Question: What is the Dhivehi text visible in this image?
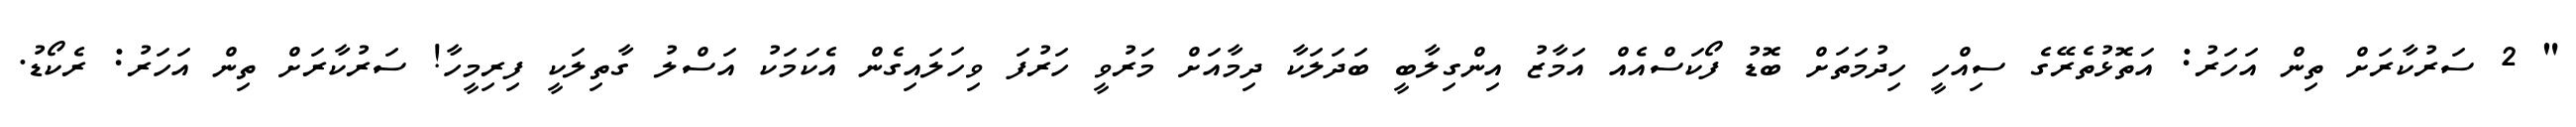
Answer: " 2 ސަރުކާރަށް ތިން އަހަރު: އަތޮޅުތެރޭގެ ސިއްހީ ހިދުމަތަށް ބޮޑު ފޯކަސްއެއް އަމާޒު އިންގިލާބީ ބަދަލަކާ ދިމާއަށް މަރުވީ ހަރުފަ ވިހަލައިގެން އެކަމަކު އަސްލު ގާތިލަކީ ފިރިމީހާ! ސަރުކާރަށް ތިން އަހަރު: ރެކޯޑު.